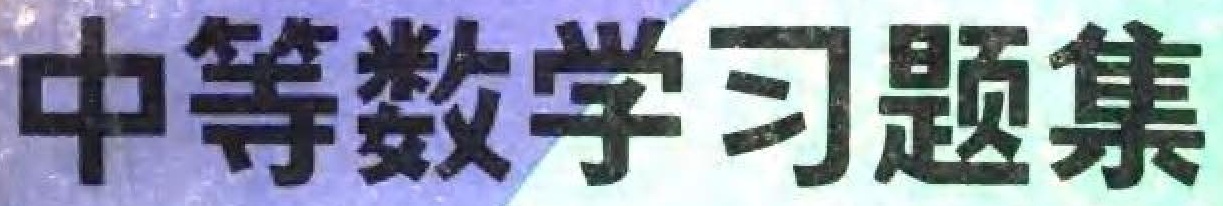
中等数学习题集